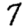
Digit: 7